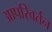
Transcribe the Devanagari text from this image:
आपरिवर्तन